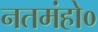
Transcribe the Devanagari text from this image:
नतमंहो०